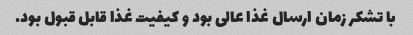
با تشکر زمان ارسال غذا عالی بود و کیفیت غذا قابل قبول بود.